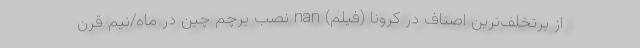
از پرتخلف‌ترین اصناف در کرونا (فیلم) nan نصب پرچم چین در ماه/نیم قرن